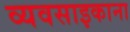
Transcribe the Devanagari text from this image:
व्यवसाइकाना